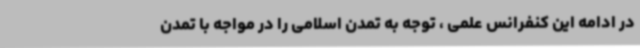
در ادامه این کنفرانس علمی ، توجه به تمدن اسلامی را در مواجه با تمدن